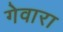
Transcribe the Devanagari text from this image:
गेवारा